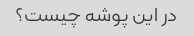
در این پوشه چیست؟